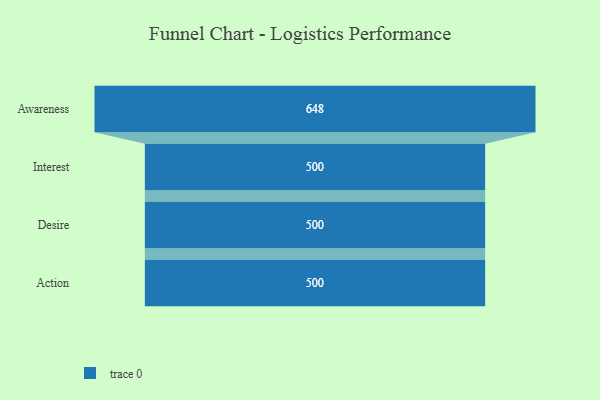
{"axis": {"x": "Stage", "y": "Value"}, "legend": [""], "data": [{"x": "Awareness", "y": 648.0, "type": ""}, {"x": "Interest", "y": 500, "type": ""}, {"x": "Desire", "y": 500, "type": ""}, {"x": "Action", "y": 500, "type": ""}]}